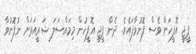
ޕީޖީ އޮފީހަށް ވެސް ފޮނުވާފައެވެ. ދެން ޕީޖީ އޮފީހުން މިމައްސަލަ ޝަރީއަތަށް ނުފޮނުވާ